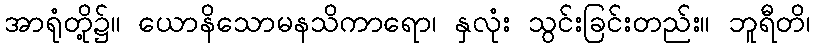
အာရုံတို့၌။ ယောနိသောမနသိကာရော၊ နှလုံး သွင်းခြင်းတည်း။ ဘူရီတိ၊